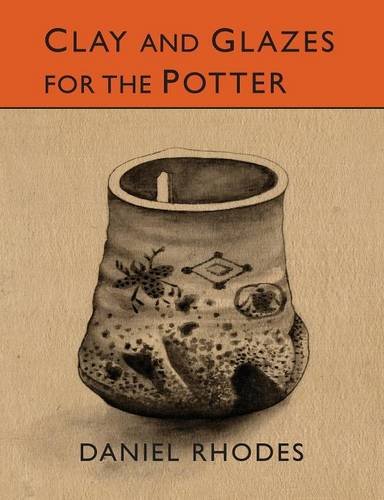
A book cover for Clay and Glazes for the Potter; Daniel Rhodes; Crafts, Hobbies & Home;